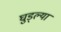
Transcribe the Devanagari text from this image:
घुड्ल्या